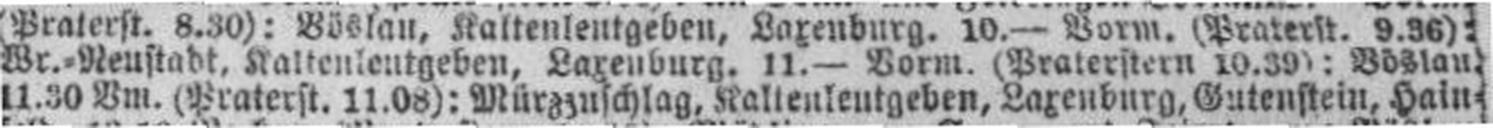
11.30 Vm. (Praterst. 11.08): Mürzzuschlag, Kaltenleutgeben, Laxenburg, Gutenstein, Hain¬